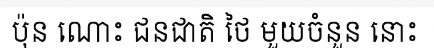
ប៉ុន ណោះ ជនជាតិ ថៃ មួយចំនួន នោះ